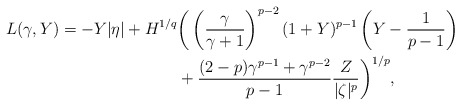
\begin{align*} L(\gamma,Y)=-Y|\eta|+H^{1/q}&\bigg(\left(\frac{\gamma}{\gamma+1}\right)^{p-2}(1+Y)^{p-1}\left(Y-\frac{1}{p-1}\right)\\&+\frac{(2-p)\gamma^{p-1}+\gamma^{p-2}}{p-1}\frac{Z}{|\zeta|^p}\bigg)^{1/p},\end{align*}